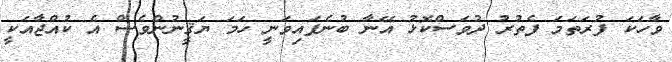
ވާހަކަ ފުރަތަމަ ފެތުރު ދުވަސްކޮޅު އޭނާ ބުނެފައިވަނީ ހަމަ ޔަޤީނުންވެސް އެ ކުއްޖާއަކީ